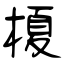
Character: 榎